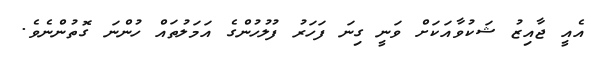
އެއީ ޖާއިޒު ޝަކުވާއަކަށް ވަނީ ގިނަ ފަހަރު ފުލުހުންގެ އަމަލުތައް ހުންނަ ގޮތުންނެވެ.